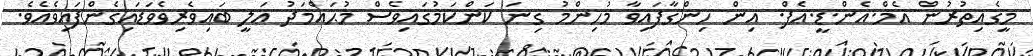
މީގެއިތުރުން އެމް.އެން.ޑީ.އެފް. އިން ހިންގާފައިވާ މުހިންމު ގިނަ ކަންކަމުގައިވެސް މުޙައްމަދު ޢަލީ ބައިވެރިވެވަޑައިގެންފައިވެއެވެ.